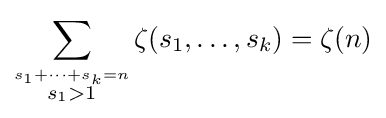
\sum _{\stackrel {s_{1}+\cdots +s_{k}=n}{s_{1}>1}}\zeta (s_{1},\ldots ,s_{k})=\zeta (n)